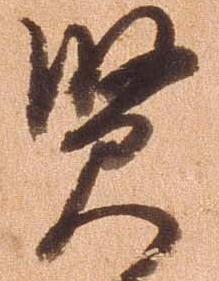
賢